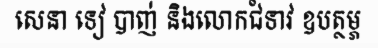
សេនា ទៀ បាញ់ និងលោកជំទាវ ឧបត្ថម្ភ